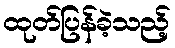
ထုတ်ပြန်ခဲ့သည့်